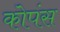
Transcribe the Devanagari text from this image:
कोपंस